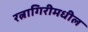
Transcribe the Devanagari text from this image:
रत्नागिरीमधील